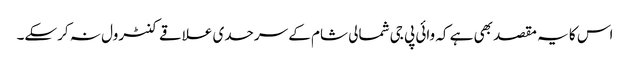
اس کا یہ مقصد بھی ہے کہ وائی پی جی شمالی شام کے سرحدی علاقے کنٹرول نہ کرسکے۔